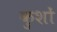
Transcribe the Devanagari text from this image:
कुशों